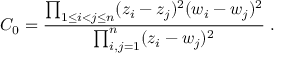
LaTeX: C _ { 0 } = \frac { \prod _ { 1 \leq i < j \leq n } ( z _ { i } - z _ { j } ) ^ { 2 } ( w _ { i } - w _ { j } ) ^ { 2 } } { \prod _ { i , j = 1 } ^ { n } ( z _ { i } - w _ { j } ) ^ { 2 } } \; .